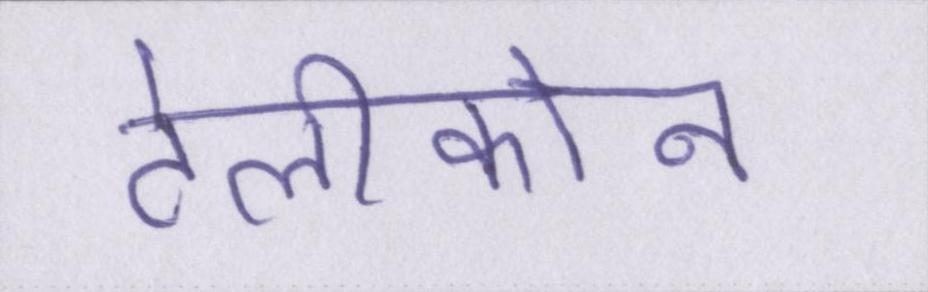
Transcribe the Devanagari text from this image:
टेलीफोन